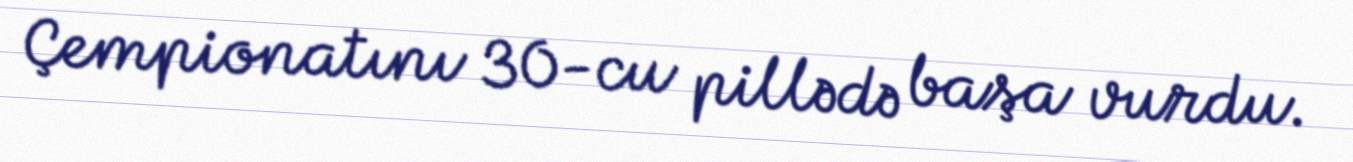
Çempionatını 30-cu pillədə başa vurdu.